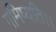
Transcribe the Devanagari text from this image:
गमिष्यति।।